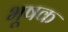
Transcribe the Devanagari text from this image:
भूषक